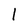
Character: 1